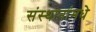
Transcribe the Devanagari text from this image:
संस्थानांमधे